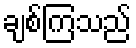
ချစ်ကြသည်